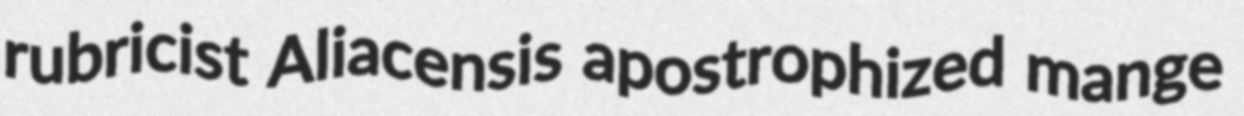
rubricist Aliacensis apostrophized mange